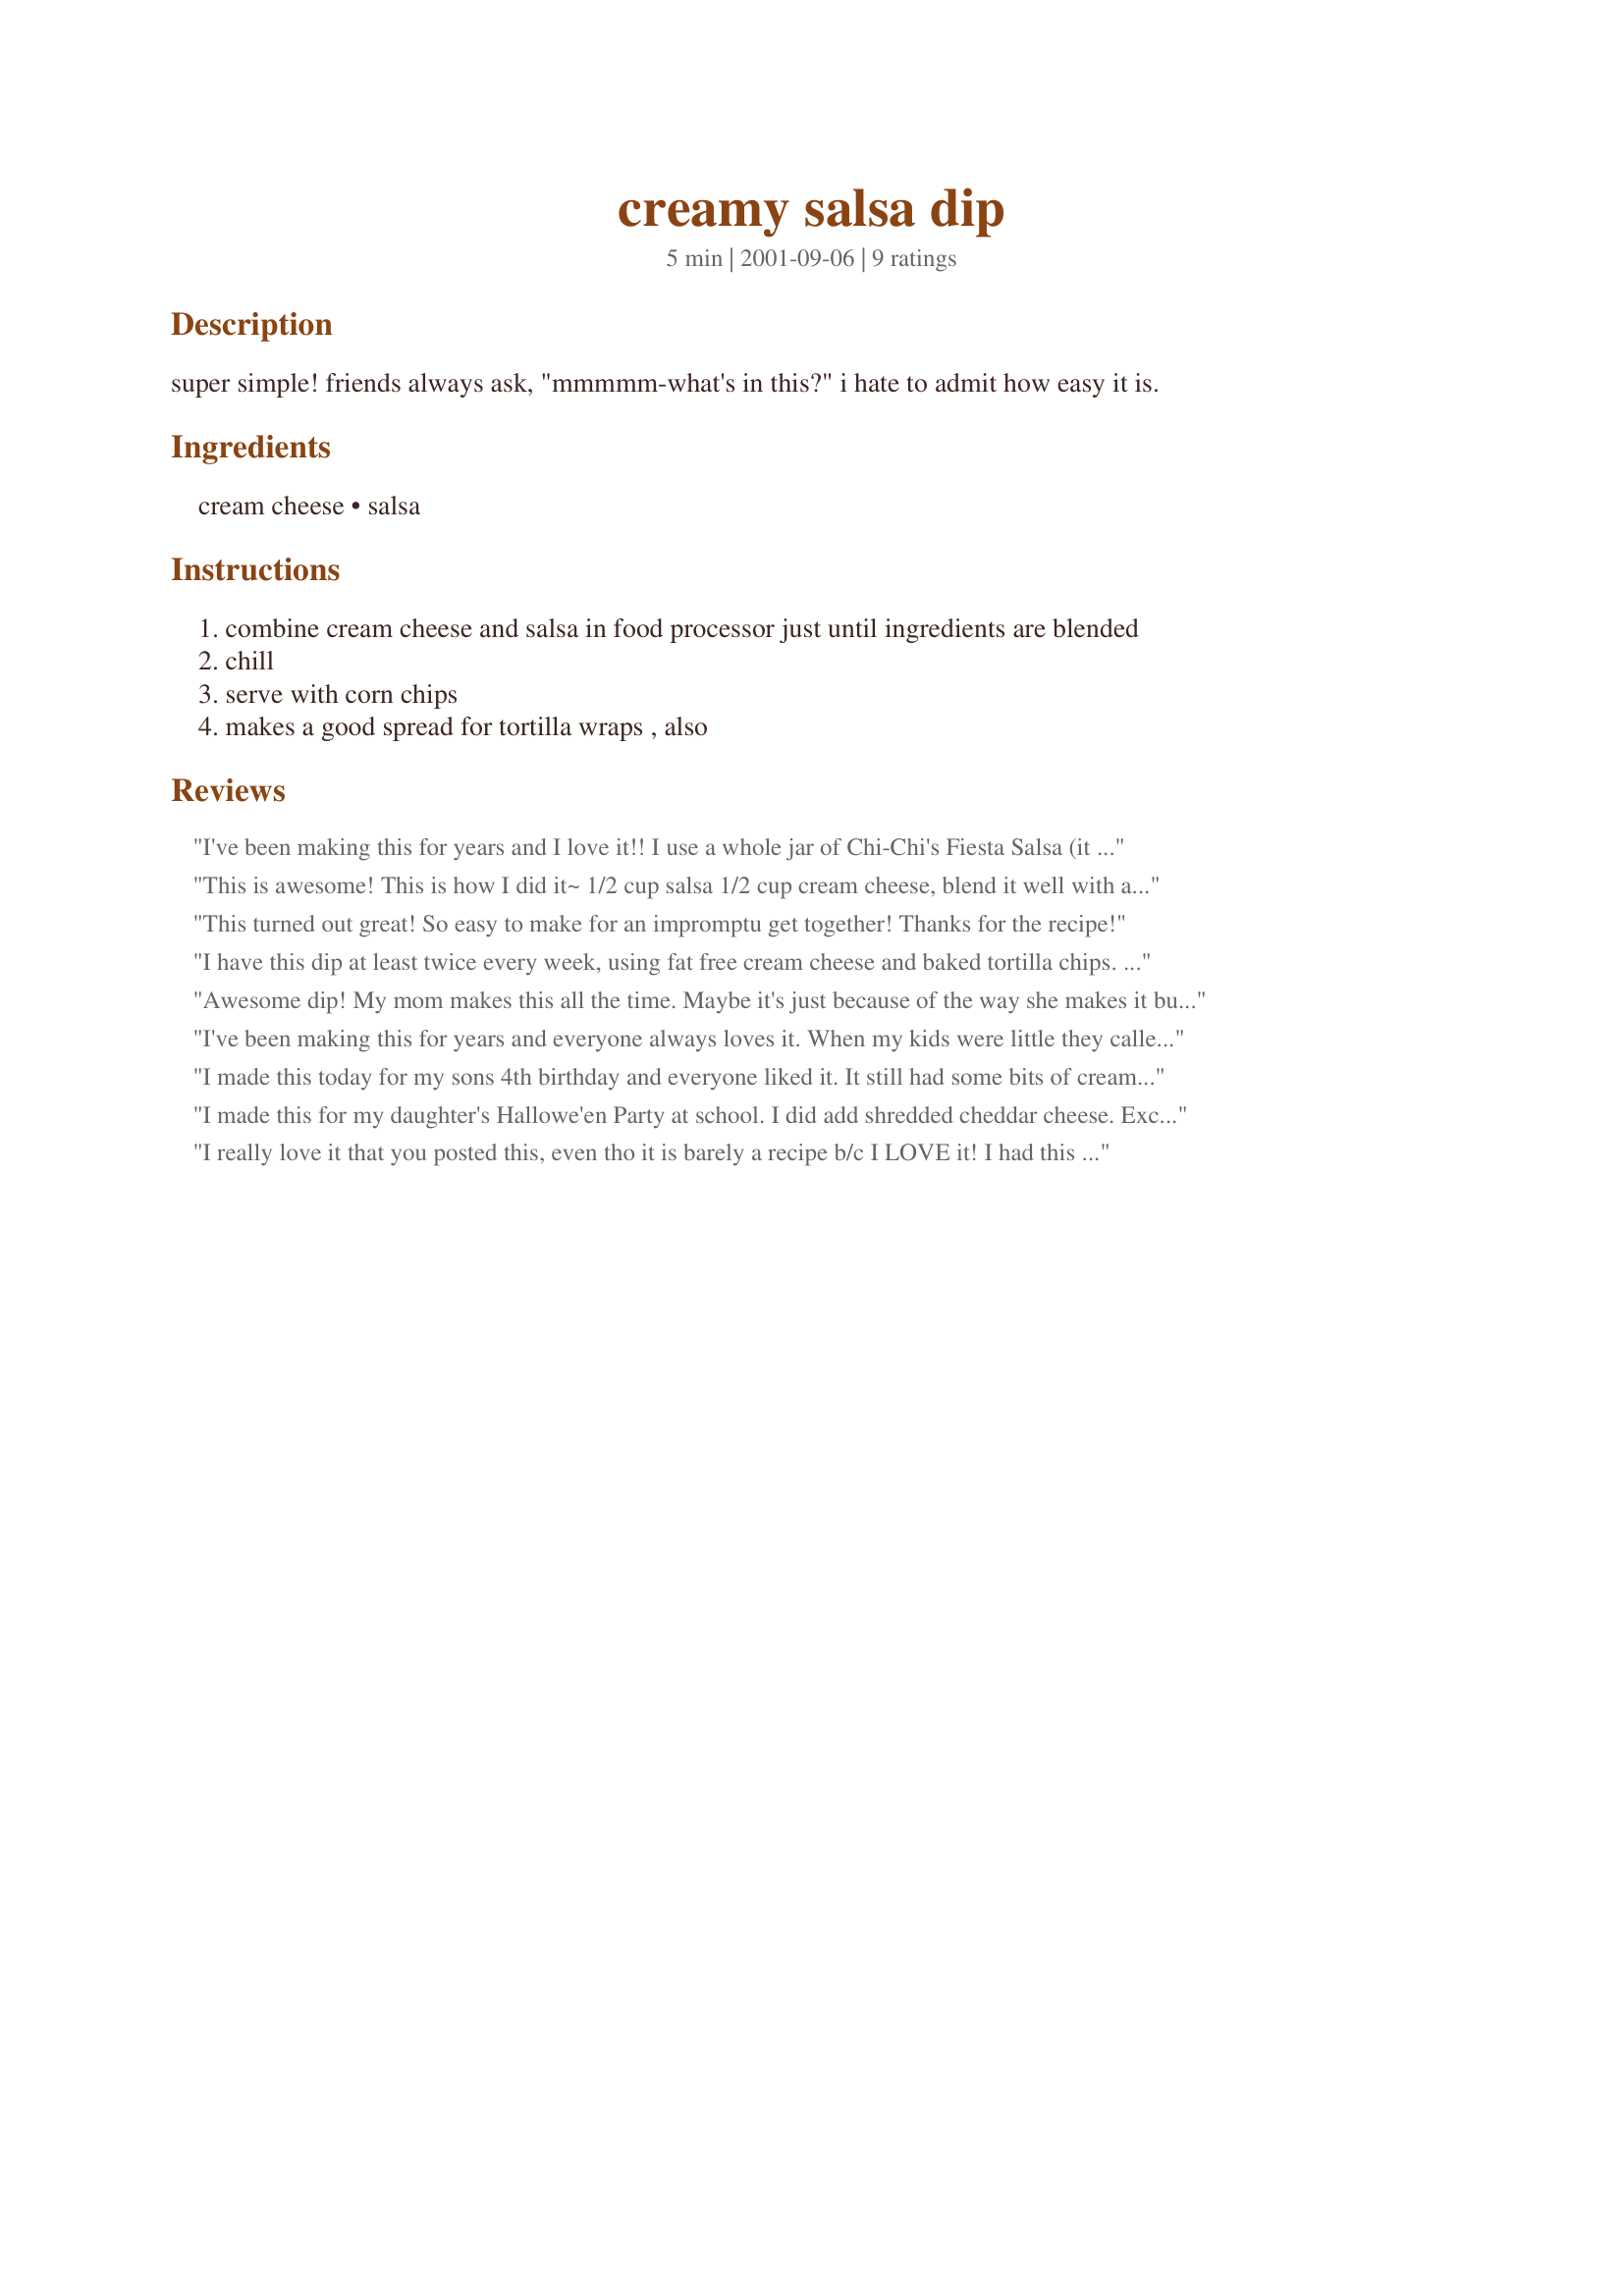
creamy salsa dip
Preparation time: 5 minutes

super simple! friends always ask, "mmmmm-what's in this?" i hate to admit how easy it is.

Ingredients:
cream cheese, salsa

Steps:
combine cream cheese and salsa in food processor just until ingredients are blended
chill
serve with corn chips
makes a good spread for tortilla wraps , also

Reviews:
I've been making this for years and I love it!! I use a whole jar of Chi-Chi's Fiesta Salsa (it has black beans and corn in it), and mix it with either light cream cheese or even 8 oz of light sour cream. I add in lots of cilantro, too....a quick and easy treat! The cream cheese or sour cream takes away most of the acidity of the salsa. Great for snacks, football games, and "emergency, last-minute" entertaining!
This is awesome! This is how I did it~ 1/2 cup salsa 1/2 cup cream cheese, blend it well with a fork. Add 1 roughly chopped tomato and onion and 1/2 cup of grated cheddar cheese. Microwave on high for 2 minutes till cheese melted; stir and microwave it again for another 1 minute. Hubby love it! Thank you!
This turned out great! So easy to make for an impromptu get together! Thanks for the recipe!
I have this dip at least twice every week, using fat free cream cheese and baked tortilla chips. It's delicious.
Awesome dip! My mom makes this all the time. Maybe it's just because of the way she makes it but I'm used to the dip being a little thicker than this turned out. I think next time I'll start with 1/2 or 3/4 c of salsa to 8 oz of cream cheese and see how that turns out. I'm sure it also depends on the type of salsa you are using.
I've been making this for years and everyone always loves it. When my kids were little they called it the "pink dip". We like it hot so I use hot salsa, whereas my mom and others prefer a milder taste so they use medium. Love the way you can change it up using all different flavors.
I made this today for my sons 4th birthday and everyone liked it. It still had some bits of cream cheese in it though but I got no complaints. Thanks for an easy recipe!
I made this for my daughter's Hallowe'en Party at school. I did add shredded cheddar cheese. Excellent dip. Thx.
I really love it that you posted this, even tho it is barely a recipe b/c I LOVE it! I had this about a year ago at a friends house and did the exact same thing.. "wow, what is this?" and now it is my go to no time in a rush dip. I love how you can changed it up using different salsas. My favorite right now is a chipotle flavored salsa with the cream cheese. tx!
